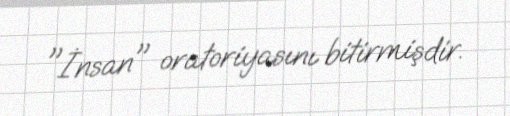
"İnsan" oratoriyasını bitirmişdir.